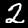
Digit: 2